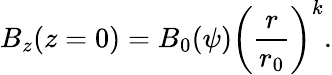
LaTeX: B_{z}(z=0)=B_{0}(\psi)\left(\frac{r}{r_{0}}\right)^{k}.